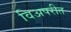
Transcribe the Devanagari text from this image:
विअपरीत